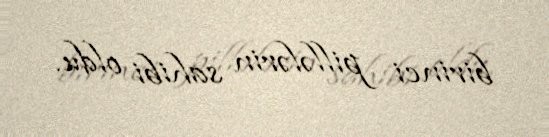
birinci pillələrin sahibi oldu.